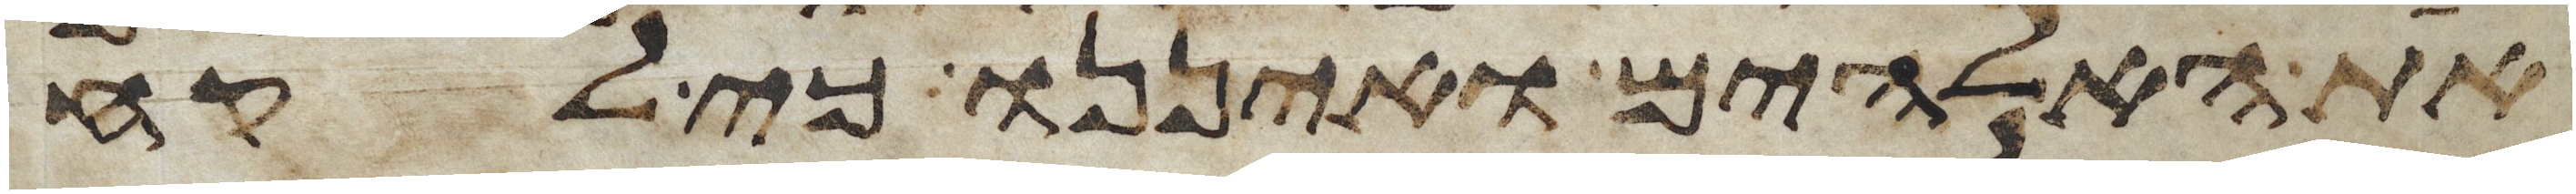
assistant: את האלהים ואיננו כי לקח